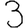
Digit: 3